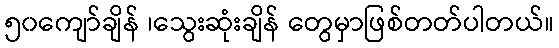
၅၀ကျော်ချိန် ၊သွေးဆုံးချိန် တွေမှာဖြစ်တတ်ပါတယ်။